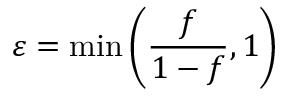
\varepsilon = \operatorname* { m i n } \left( \frac { f } { 1 - f } , 1 \right)